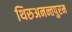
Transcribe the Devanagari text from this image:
थिरुअनन्तपुरम